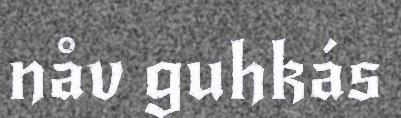
nåv guhkás